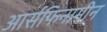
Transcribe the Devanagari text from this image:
आर्सफिनामीन